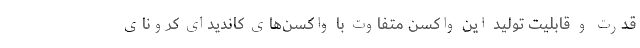
قدرت و قابلیت تولید این واکسن متفاوت با واکسن‌های کاندیدای کرونای